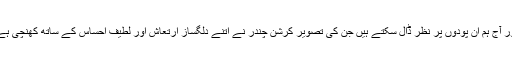
اور آج ہم ان پودوں پر نظر ڈال سکتے ہیں جن کی تصویر کرشن چندر نے اتنے دلگساز ارتعاش اور لطیف احساس کے ساتھ کھنچی ہے۔